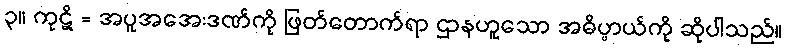
၃။ ကုဋိ = အပူအအေးဒဏ်ကို ဖြတ်တောက်ရာ ဌာနဟူသော အဓိပ္ပာယ်ကို ဆိုပါသည်။